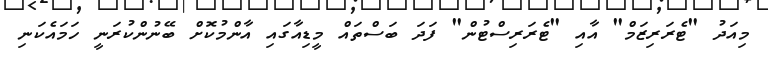
މިއަދު "ޓެރަރިޒަމް" އާއި "ޓެރަރިސްޓުން" ފަދަ ބަސްތައް މީޑިއާގައި އާންމުކޮށް ބޭނުންކުރަނީ ހަމައެކަނި